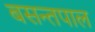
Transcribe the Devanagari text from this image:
बसन्तपाल